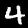
Label: 4